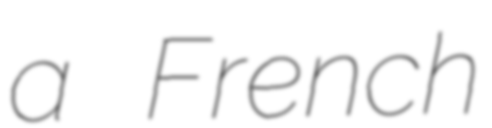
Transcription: a French